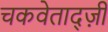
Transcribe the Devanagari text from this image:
चकवेताद्ज़ी